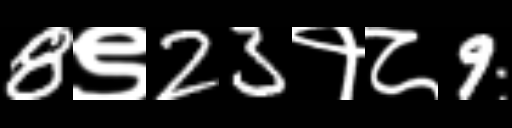
Text: 8९23१८9